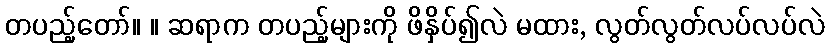
တပည့်တော်။ ။ ဆရာက တပည့်များကို ဖိနှိပ်၍လဲ မထား, လွတ်လွတ်လပ်လပ်လဲ